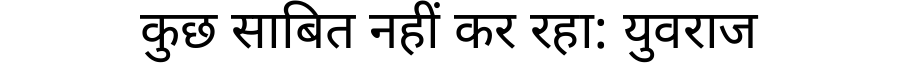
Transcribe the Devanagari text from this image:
कुछ साबित नहीं कर रहा: युवराज